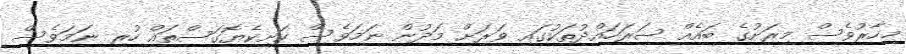
މިހާރުވެސް މިރަށުގެ ބައެއް ސަރަހައްދުތަކުގައި ވަރަށް މަދުން ނަމަވެސް ކަށިކެޔޮގަސްތައް ހުރި ނަމަވެސް